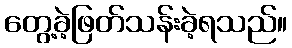
တွေ့ခဲ့ဖြတ်သန်းခဲ့ရသည်။